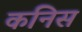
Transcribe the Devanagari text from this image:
कनिस